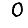
Digit: 0